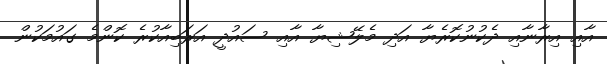
އާއި އިރާނާއި ދެކުނުކޮރެޔާ އަދި މެލޭޝިޔާ އާއި ސައުދީ އަރަބިއާކުރެ ކޮންމެ ގައުމަކުން